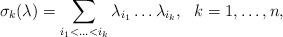
LaTeX: \begin{align*}\sigma_{k} (\lambda) = \sum_ {i_{1} < \ldots < i_{k}}\lambda_{i_{1}} \ldots \lambda_{i_{k}},\ \ k = 1, \ldots, n,\end{align*}